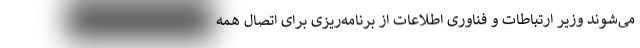
می‌شوند وزیر ارتباطات و فناوری اطلاعات از برنامه‌ریزی برای اتصال همه